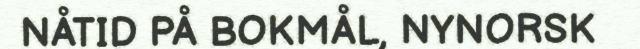
NÅTID PÅ BOKMÅL, NYNORSK